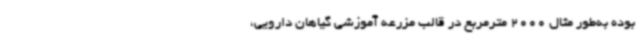
بوده به‌طور مثال 2000 مترمربع در قالب مزرعه آموزشی گیاهان دارویی،